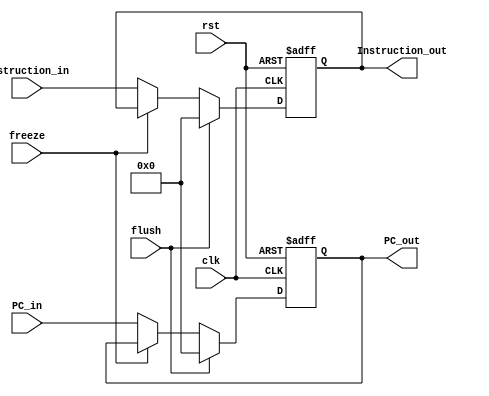
module IF_stage_reg(
  input clk, rst, freeze, flush, 
  input [31:0] PC_in, Instruction_in, 
  output reg [31:0] PC_out, Instruction_out
);
  always@(posedge clk, posedge rst) begin
    if(rst) begin 
      PC_out <= 32'b0;
      Instruction_out <= 32'b0;
    end
    else if(flush) begin 
      PC_out <= 32'b0;
      Instruction_out <= 32'b0;
    end
    else if(!freeze) begin 
      PC_out <= PC_in;
      Instruction_out <= Instruction_in;  
    end 
  end
endmodule